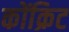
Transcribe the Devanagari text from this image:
कोंक्रिट